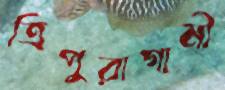
ত্রিপুরাগামী